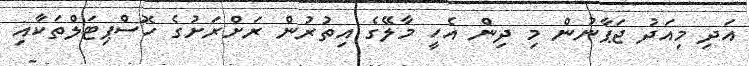
އަދި މިއަދު ޖަޕާނުން މި ދިން އެހީ މާލޭގެ އިތުރުން ރަށްރަށުގެ ހޮސްޕިޓަލްތަކާއި